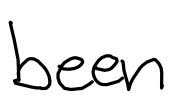
Text: been
Cross-out: clean
Writing tool: digital_black